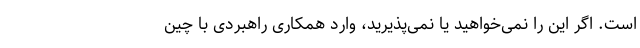
است. اگر این را نمی‌خواهید یا نمی‌پذیرید، وارد همکاری راهبردی با چین